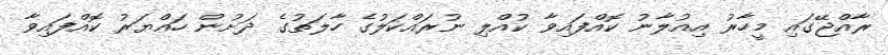
ރާއްޖޭގައި މީހާރު އިއުލާނު ކޮއްފައިވާ ކުއްލި ނުރައްކަލުގެ ހާލަތުގެ ދަށުން ހައްޔަރު ކޮއްފައިވާ